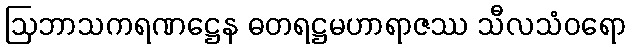
ဩဘာသကရဏဋ္ဌေန ဓတရဋ္ဌမဟာရာဇဿ သီလသံဝရော